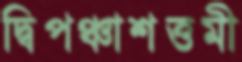
দ্বিপঞ্চাশত্তমী